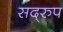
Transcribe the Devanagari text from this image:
सद्‌रुप